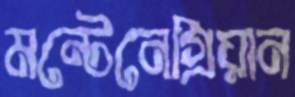
মন্টেনেগ্রিয়ান